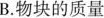
B.物块的质量